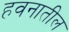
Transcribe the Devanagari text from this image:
हवनातील